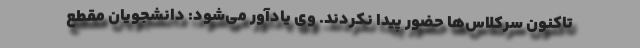
تاکنون سرکلاس‌ها حضور پیدا نکردند. وی یادآور می‌شود: دانشجویان مقطع